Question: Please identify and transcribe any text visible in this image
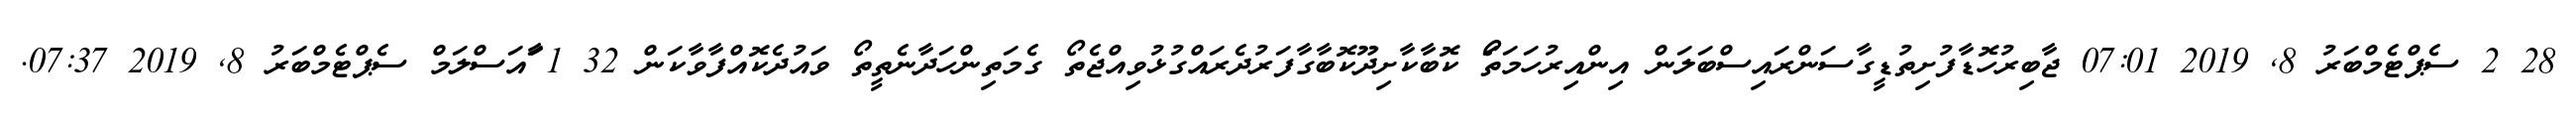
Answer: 28 2 ސެޕްޓެމްބަރު 8, 2019 07:01 ޖާބިރުހޮޑާފުށިތުޑީގާސަންރައިސްބަލަން އިންއިރުހަމަތަޯ ކޮބާކާށިދޫކޮބާގާފަރުދެރައްގުޅުވިއްޖެތޯ ގެމަތިންހަދާނެތީތޯ ވައުދެކޮއްފާވާކަން 32 1 ާައަސްލަމް ސެޕްޓެމްބަރު 8, 2019 07:37.